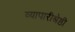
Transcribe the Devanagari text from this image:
व्यापारीश्रेष्ठी